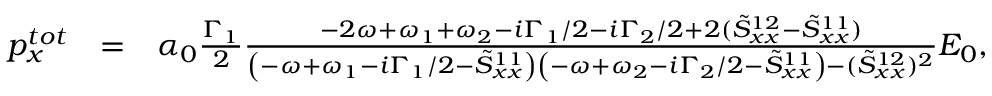
\begin{array} { r l r } { p _ { x } ^ { t o t } } & { = } & { \alpha _ { 0 } \frac { \Gamma _ { 1 } } { 2 } \frac { - 2 \omega + \omega _ { 1 } + \omega _ { 2 } - i \Gamma _ { 1 } / 2 - i \Gamma _ { 2 } / 2 + 2 ( \tilde { S } _ { x x } ^ { 1 2 } - \tilde { S } _ { x x } ^ { 1 1 } ) } { \left( - \omega + \omega _ { 1 } - i \Gamma _ { 1 } / 2 - \tilde { S } _ { x x } ^ { 1 1 } \right) \left( - \omega + \omega _ { 2 } - i \Gamma _ { 2 } / 2 - \tilde { S } _ { x x } ^ { 1 1 } \right) - ( \tilde { S } _ { x x } ^ { 1 2 } ) ^ { 2 } } E _ { 0 } , } \end{array}